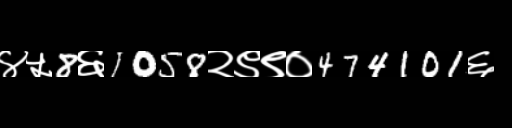
Text: ४५8६1058२९९०474101६